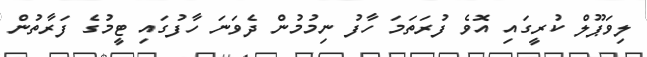
ލިވަޕޫލް ކުރީގައި އޮވެ ފުރަތަމަ ހާފު ނިމުމުން ދެވަނަ ހާފުގައި ޓީމުގެ ފަރާތުން